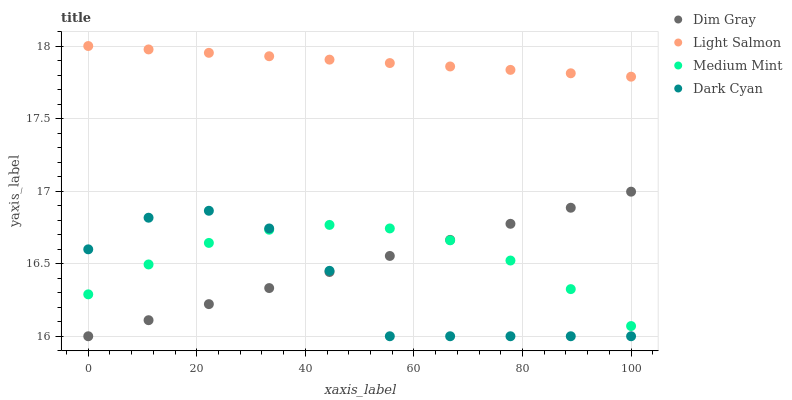
| xaxis_label | Dim Gray | Light Salmon | Medium Mint | Dark Cyan |
 | --- | --- | --- | --- | --- |
 | 0 | 16 | 18 | 16.3 | 16.6 |
 | 11.1 | 16.1 | 18 | 16.5 | 16.8 |
 | 22.2 | 16.2 | 18 | 16.6 | 16.9 |
 | 33.3 | 16.3 | 17.9 | 16.7 | 16.7 |
 | 44.4 | 16.4 | 17.9 | 16.8 | 16.5 |
 | 55.6 | 16.6 | 17.9 | 16.7 | 16 |
 | 66.7 | 16.7 | 17.9 | 16.7 | 16 |
 | 77.8 | 16.8 | 17.8 | 16.5 | 16 |
 | 88.9 | 16.9 | 17.8 | 16.3 | 16 |
 | 100 | 17 | 17.8 | 16.1 | 16 |